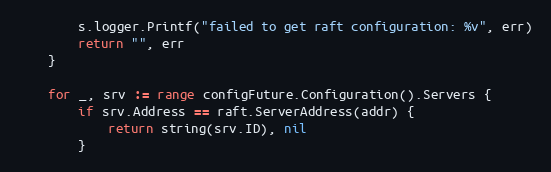
Language: Go
		s.logger.Printf("failed to get raft configuration: %v", err)
		return "", err
	}

	for _, srv := range configFuture.Configuration().Servers {
		if srv.Address == raft.ServerAddress(addr) {
			return string(srv.ID), nil
		}